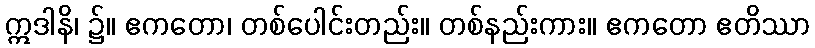
ဣဒါနိ၊ ၌။ ဧကတော၊ တစ်ပေါင်းတည်း။ တစ်နည်းကား။ ဧကတော ဧတိဿာ